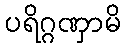
ပရိဂ္ဂဏှာမိ